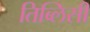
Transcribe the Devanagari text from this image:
तिब्लिसी